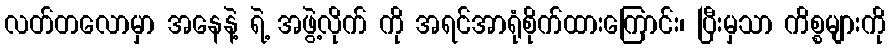
လတ်တလောမှာ အနေနဲ့ ရဲ့ အဖွဲ့လိုက် ကို အရင်အာရုံစိုက်ထားကြောင်း၊ ပြီးမှသာ ကိစ္စများကို